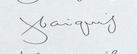
Signature authenticity: genuine